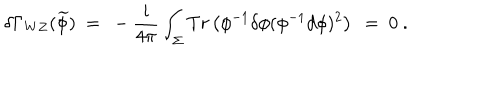
LaTeX: \delta \Gamma _ { W Z } ( \widetilde { \phi } ) \ = \ - \frac { i } { 4 \pi } \int _ { \Sigma } T r \left( \phi ^ { - 1 } \delta \phi ( \phi ^ { - 1 } d \phi ) ^ { 2 } \right) \ = \ 0 \ .